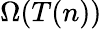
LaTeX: \Omega(T(n))